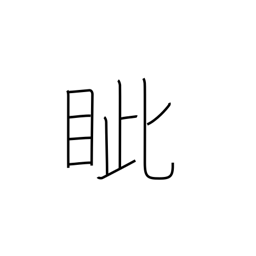
Meaning: eyesockets